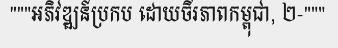
"""អភិវឌ្ឍន៍ប្រកប ដោយចីរភាពកម្ពុជា, ២-"""